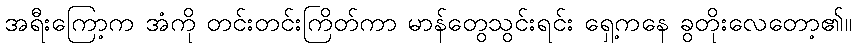
အရီးကြော့က အံကို တင်းတင်းကြိတ်ကာ မာန်တွေသွင်းရင်း ရှေ့ကနေ ခွတိုးလေတော့၏။